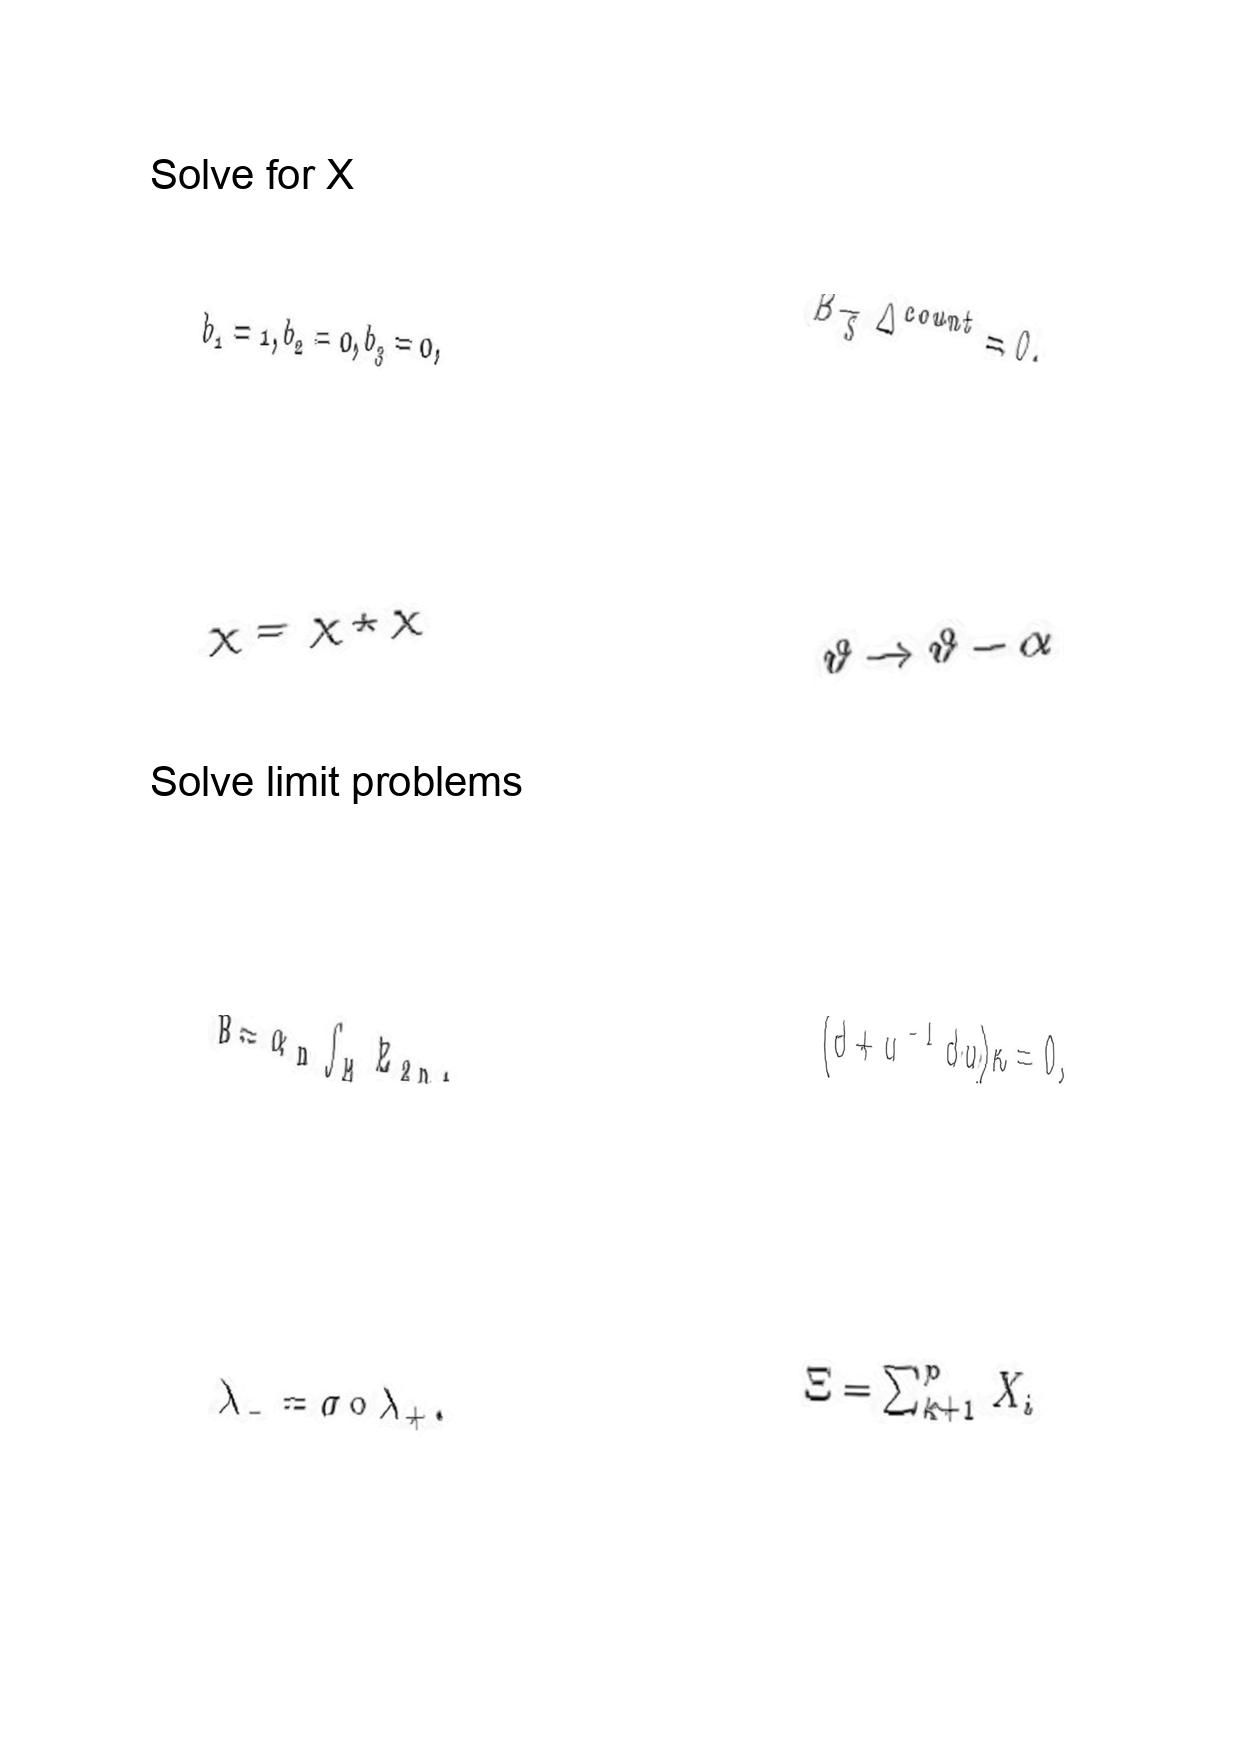
LaTeX transcription:
b _ { 1 } = 1 , b _ { 2 } = 0 , b _ { 3 } = 0 ,
\chi = \chi \star \chi
B = \alpha _ { n } \int _ { M } E _ { 2 n } ,
\lambda _ { - } = \sigma \circ \lambda _ { + } .
B _ { \tilde { S } } \Delta ^ { c o u n t } = 0 .
\vartheta \rightarrow \vartheta - \alpha
\lparen d + u ^ { - 1 } d u \rparen \kappa = 0 ,
\Xi = \sum _ { k + 1 } ^ { p } X _ { i }